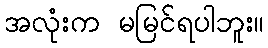
အလုံးက မမြင်ရပါဘူး။